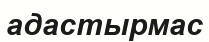
адастырмас